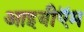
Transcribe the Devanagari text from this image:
आइबीऍम